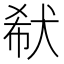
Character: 㹷